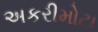
અકરીમોટા